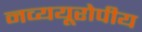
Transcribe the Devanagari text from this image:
नव्ययूरोपीय